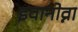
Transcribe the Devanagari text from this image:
इवानोव्ना